Vaccination North-Western Provinces 1866-1877 - 1866-1877
Year: 1866
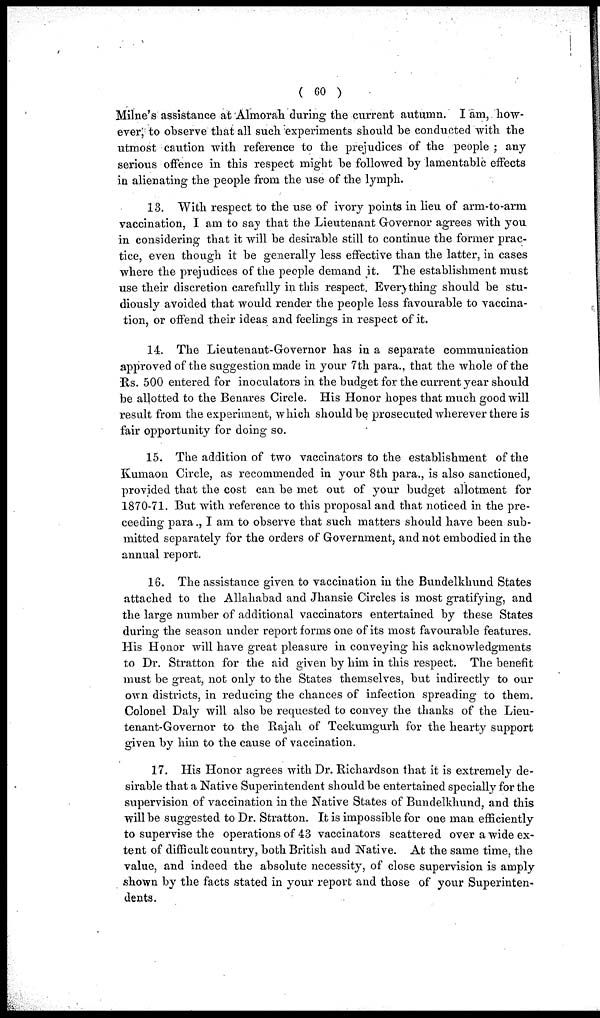
( 60 )
Milne's assistance at Almorah during the current autumn. I am, how-
ever, to observe that all such experiments should be conducted with the
utmost caution with reference to the prejudices of the people ; any
serious offence in this respect might be followed by lamentable effects
in alienating the people from the use of the lymph.
13. With respect to the use of ivory points in lieu of arm-to-arm
vaccination, I am to say that the Lieutenant Governor agrees with you
in considering that it will be desirable still to continue the former prac-
tice, even though it be generally less effective than the latter, in cases
where the prejudices of the people demand it. The establishment must
use their discretion carefully in this respect. Everything should be stu-
diously avoided that would render the people less favourable to vaccina-
tion, or offend their ideas and feelings in respect of it.
14. The Lieutenant-Governor has in a separate communication
approved of the suggestion made in your 7th para., that the whole of the
Rs. 500 entered for inoculators in the budget for the current year should
be allotted to the Benares Circle. His Honor hopes that much good will
result from the experiment, which should be prosecuted wherever there is
fair opportunity for doing so.
15. The addition of two vaccinators to the establishment of the
Kumaon Circle, as recommended in your 8th para., is also sanctioned,
provided that the cost can be met out of your budget allotment for
1870-71. But with reference to this proposal and that noticed in the pro-
ceeding para., I am to observe that such matters should have been sub-
mitted separately for the orders of Government, and not embodied in the
annual report.
16. The assistance given to vaccination in the Bundelkhund States
attached to the Allahabad and Jhansie Circles is most gratifying, and
the large number of additional vaccinators entertained by these States
during the season under report forms one of its most favourable features.
His Honor will have great pleasure in conveying his acknowledgments
to Dr. Stratton for the aid given by him in this respect. The benefit
must be great, not only to the States themselves, but indirectly to our
own districts, in reducing the chances of infection spreading to them.
Colonel Daly will also be requested to convey the thanks of the Lieu-
tenant-Governor to the Rajah of Teekumgurh for the hearty support
given by him to the cause of vaccination.
17. His Honor agrees with Dr. Richardson that it is extremely de-
sirable that a Native Superintendent should be entertained specially for the
supervision of vaccination in the Native States of Bundelkhund, and this
will be suggested to Dr. Stratton. It is impossible for one man efficiently
to supervise the operations of 43 vaccinators scattered over a wide ex-
tent of difficult country, both British and Native. At the same time, the
value, and indeed the absolute necessity, of close supervision is amply
shown by the facts stated in your report and those of your Superinten-
dents.